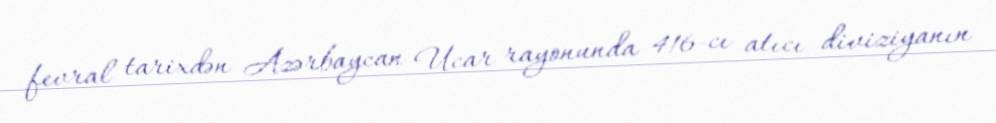
fevral tarixdən Azərbaycan Ucar rayonunda 416-cı atıcı diviziyanın